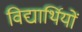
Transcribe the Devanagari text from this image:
विद्यार्थियों